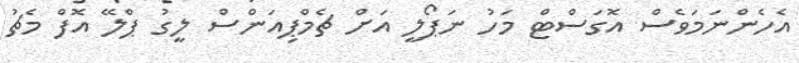
އެހެންނަމަވެސް އޮގަސްޓް މަހު ނަޕޯލީ އަށް ޗެމްޕިއަންސް ލީގު ޕްލޭ އޮފް މެޗު